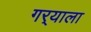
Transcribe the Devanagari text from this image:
गर्‍याला